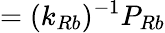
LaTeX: =(k_{Rb})^{-1}P_{Rb}